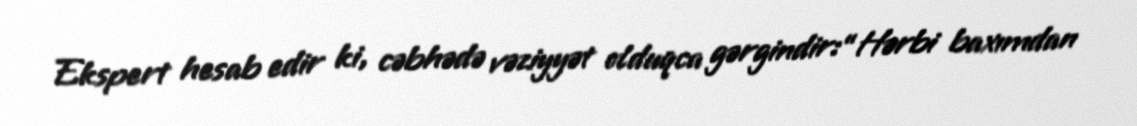
Ekspert hesab edir ki, cəbhədə vəziyyət olduqca gərgindir:“Hərbi baxımdan